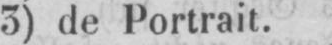
3) de Portrait.